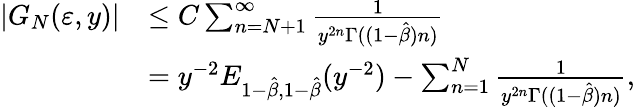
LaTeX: \begin{array}{rl}{|G_{N}(\varepsilon,y)|}&{\leq C\sum_{n=N+1}^{\infty}\frac{1}{y^{2n}\Gamma((1-\hat{\beta})n)}}\\ &{=y^{-2}E_{1-\hat{\beta},1-\hat{\beta}}(y^{-2})-\sum_{n=1}^{N}\frac{1}{y^{2n}\Gamma((1-\hat{\beta})n)},}\end{array}